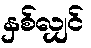
နှစ်လျှင်